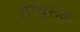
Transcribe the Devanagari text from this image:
सौचुरूक